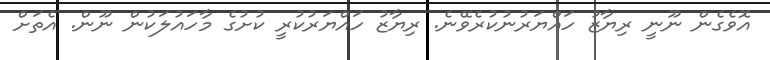
އޮވެގެން ނޫނީ ރިޔާޒު ހައްޔަރުނުކުރެވޭނެ. ރިޔާޒު ހައްޔަރުކުރީ ކުށުގެ މާހައުލަކުން ނޫން. އެތަށް